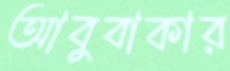
আবুবাকার